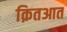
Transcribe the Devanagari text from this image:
क़ितआत